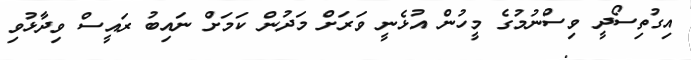
އިގުތިސޯދީ ވިސްނުމުގެ މީހުން އުޅެނީ ވަރަށް މަދުން ކަމަށް ނައިބު ރައީސް ވިދާޅުވި